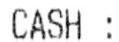
CASH :